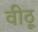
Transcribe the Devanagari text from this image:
वीठू